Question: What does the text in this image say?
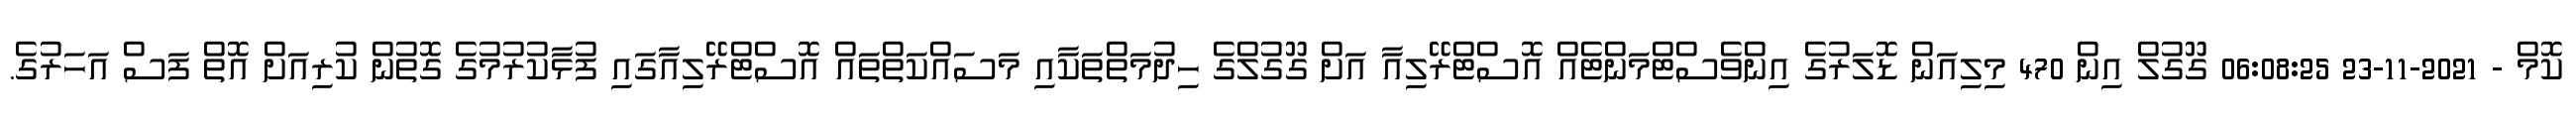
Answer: ކޮމް - 2021-11-23 06:08:25 ގޫގުލް އިން 470 މިލިއަން ޑޮލަރުގެ އިންވެސްޓްމަންޓެއް އޮސްޓްރޭލިއާ އަށް ގޫގުލްގެ ހިދުމަތްތަކާއި މަސައްކަތްތައް އޮސްޓްރޭލިއާގައި ފުޅާކުރުމުގެ ގޮތުން ކުރިއަށް އޮތް ފަސް އަހަރުގެ.